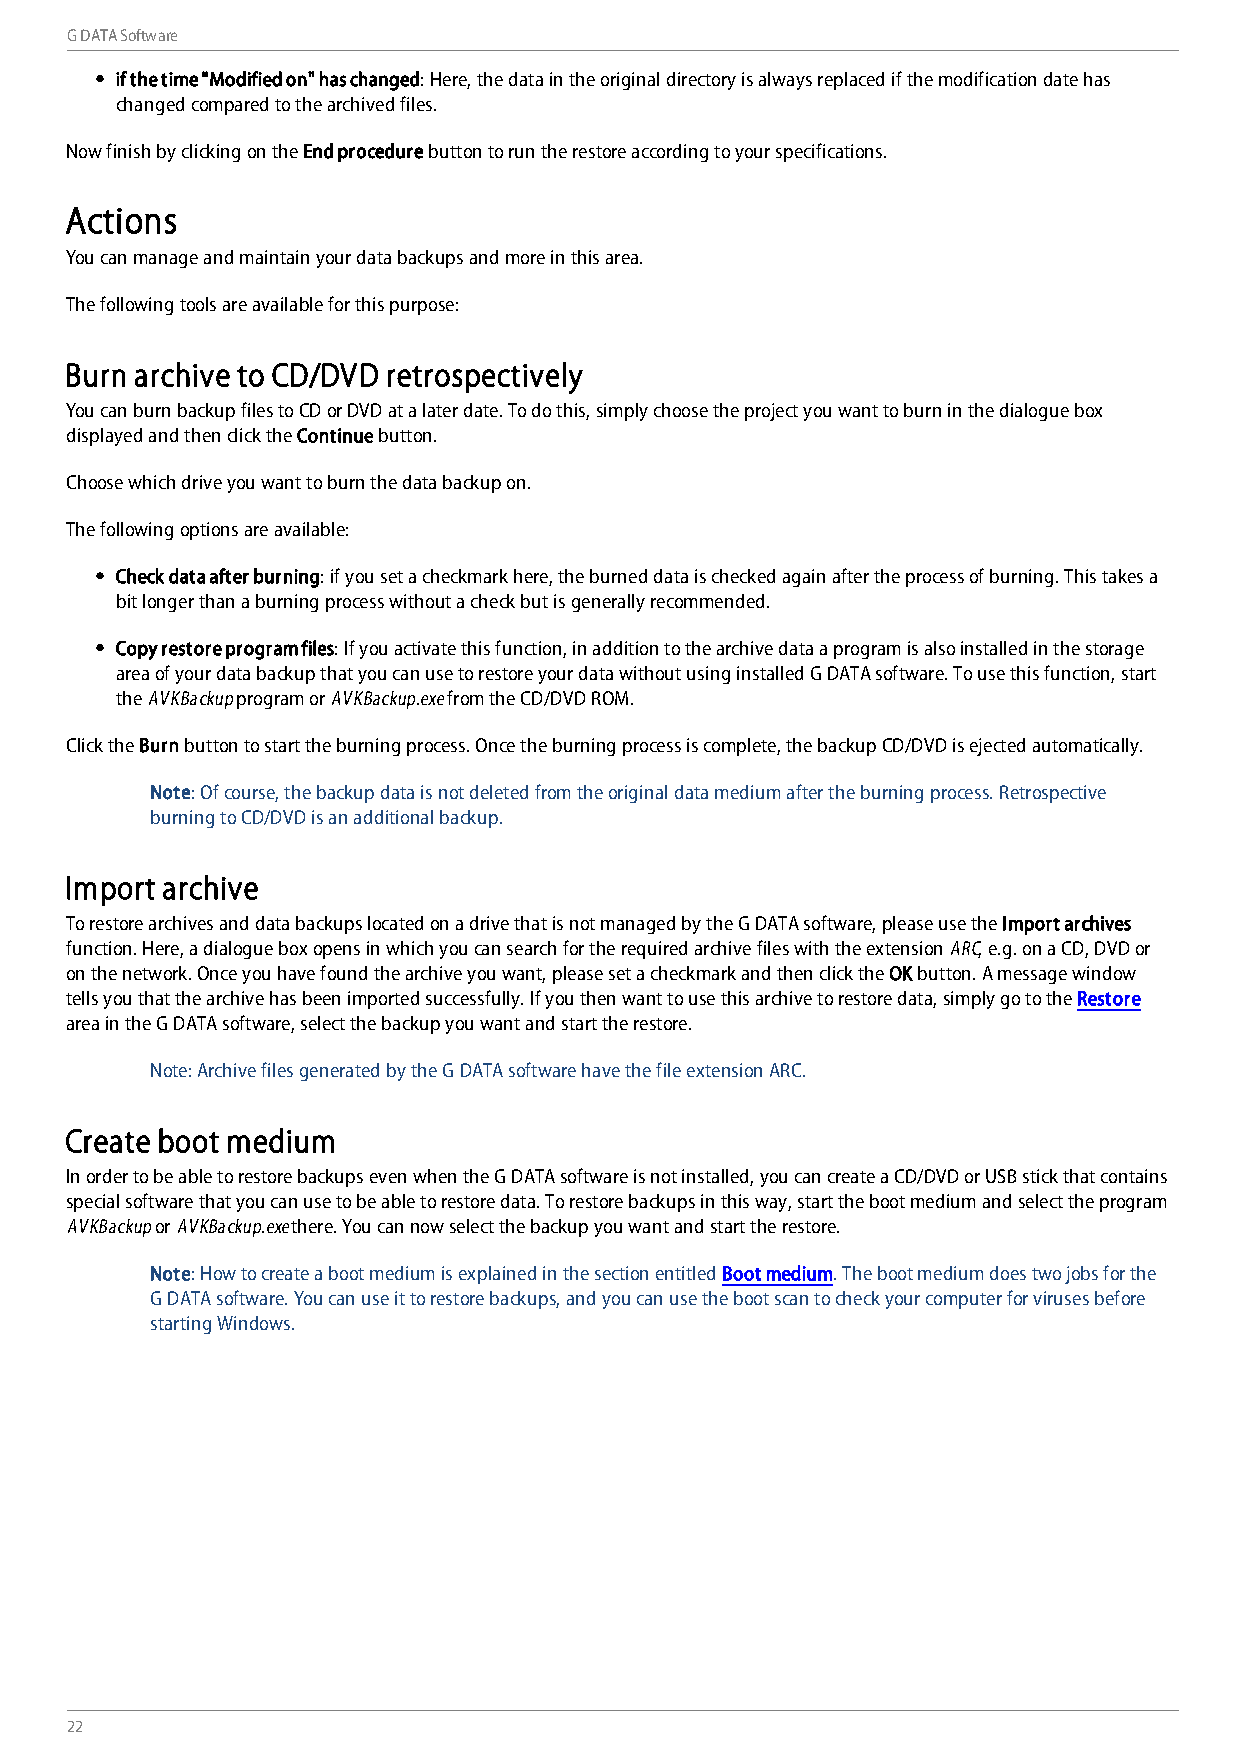
G DATA Software
 if the time "Modified on" has changed: Here, the data in the original directory is always replaced if the modification date has
 changed compared to the archived files.
 Now finish by clicking on the End procedure button to run the restore according to your specifications.
 Actions
 You can manage and maintain your data backups and more in this area.
 The following tools are available for this purpose:
 Burn archive to CD/DVD retrospectively
 You can burn backup files to CD or DVD at a later date. To do this, simply choose the project you want to burn in the dialogue box
 displayed and then click the Continue button.
 Choose which drive you want to burn the data backup on.
 The following options are available:
 Check data after burning: if you set a checkmark here, the burned data is checked again after the process of burning. This takes a
 bit longer than a burning process without a check but is generally recommended.
 Copy restore program files: If you activate this function, in addition to the archive data a program is also installed in the storage
 area of your data backup that you can use to restore your data without using installed G DATA software. To use this function, start
 the AVKBackup program or AVKBackup.exe from the CD/DVD ROM.
 Click the Burn button to start the burning process. Once the burning process is complete, the backup CD/DVD is ejected automatically.
 Note: Of course, the backup data is not deleted from the original data medium after the burning process. Retrospective
 burning to CD/DVD is an additional backup.
 Import archive
 To restore archives and data backups located on a drive that is not managed by the G DATA software, please use the Import archives
 function. Here, a dialogue box opens in which you can search for the required archive files with the extension ARC, e.g. on a CD, DVD or
 on the network. Once you have found the archive you want, please set a checkmark and then click the OK button. A message window
 tells you that the archive has been imported successfully. If you then want to use this archive to restore data, simply go to the Restore
 area in the G DATA software, select the backup you want and start the restore.
 Note: Archive files generated by the G DATA software have the file extension ARC.
 Create boot medium
 In order to be able to restore backups even when the G DATA software is not installed, you can create a CD/DVD or USB stick that contains
 special software that you can use to be able to restore data. To restore backups in this way, start the boot medium and select the program
 AVKBackup or AVKBackup.exe there. You can now select the backup you want and start the restore.
 Note: How to create a boot medium is explained in the section entitled Boot medium. The boot medium does two jobs for the
 G DATA software. You can use it to restore backups, and you can use the boot scan to check your computer for viruses before
 starting Windows.
 22